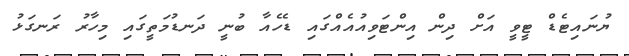
ޔުނައިޓެޑް ޓީވީ އަށް ދިން އިންޓަވިއުއެއްގައި ޑެހެއާ ބުނީ ދަނޑުމަތީގައި މިހާރު ރަނގަޅު